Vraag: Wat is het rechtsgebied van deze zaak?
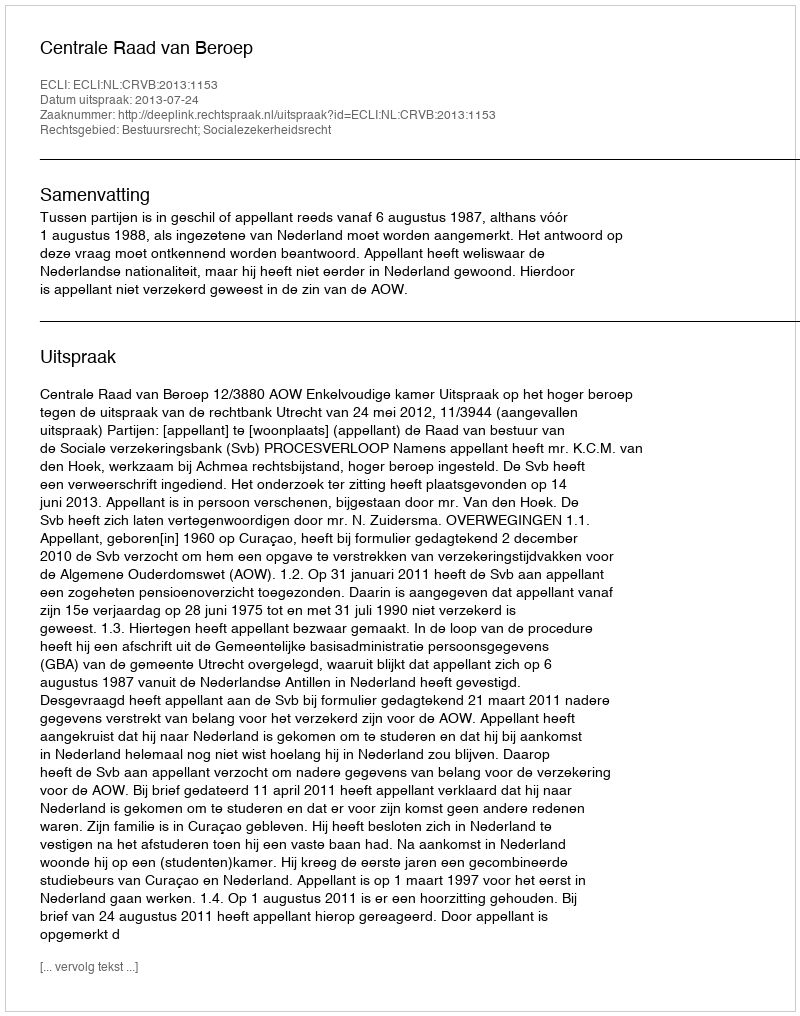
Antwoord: Bestuursrecht; Socialezekerheidsrecht